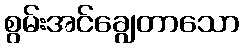
စွမ်းအင်ချွေတာသော